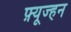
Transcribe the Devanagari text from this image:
फ़्यूज्हन